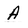
Character: A